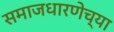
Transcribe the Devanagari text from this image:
समाजधारणेच्या